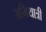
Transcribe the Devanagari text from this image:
अभियात्री